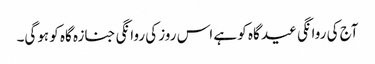
آج کی روانگی عید گاہ کو ہے اس روز کی روانگی جنازہ گاہ کو ہوگی۔